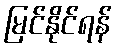
မြင်နိုင်ရန်